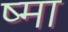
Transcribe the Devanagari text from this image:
ष्मा